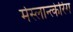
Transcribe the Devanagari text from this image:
मेस्लान्त्केरिंग